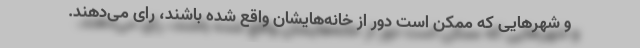
و شهرهایی که ممکن است دور از خانه‌هایشان واقع شده باشند، رای می‌دهند.